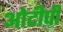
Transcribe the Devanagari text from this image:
ओटीपी